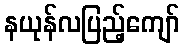
နယုန်လပြည့်ကျော်